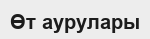
Өт аурулары